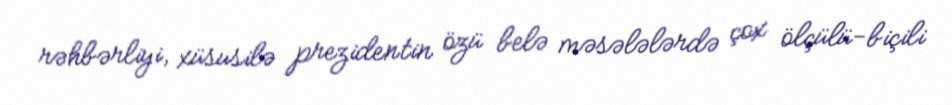
rəhbərliyi, xüsusilə prezidentin özü belə məsələlərdə çox ölçülü-biçili